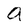
Character: Q